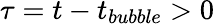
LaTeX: \tau=t-t_{bubble}>0